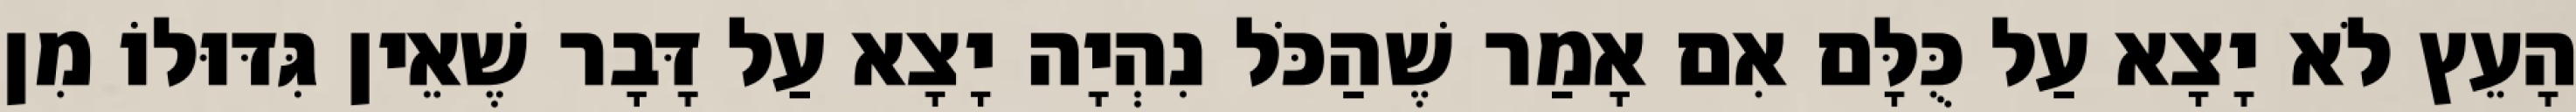
הָעֵץ לֹא יָצָא עַל כֻּלָּם אִם אָמַר שֶׁהַכֹּל נִהְיָה יָצָא עַל דָּבָר שֶׁאֵין גִּדּוּלוֹ מִן